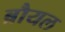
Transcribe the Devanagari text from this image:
ब्रौयल